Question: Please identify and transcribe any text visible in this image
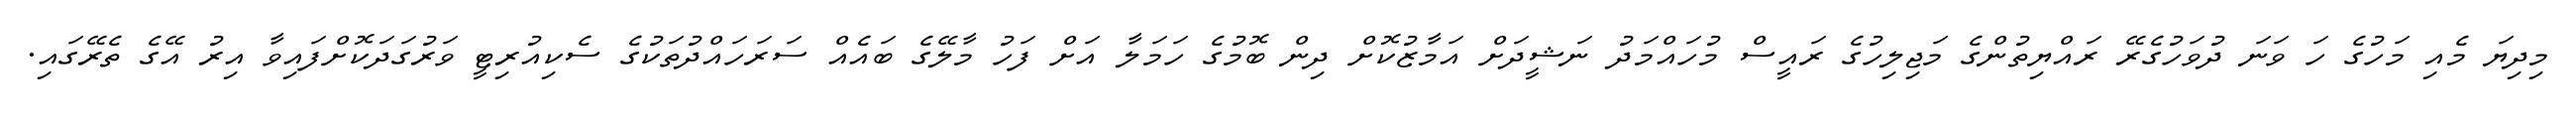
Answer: މިދިޔަ މެއި މަހުގެ ހަ ވަނަ ދުވަހުގެރޭ ރައްޔިތުންގެ މަޖިލިހުގެ ރައީސް މުހައްމަދު ނަޝީދަށް އަމާޒުކޮށް ދިން ބޮމުގެ ހަމަލާ އަށް ފަހު މާލޭގެ ބައެއް ސަރަހައްދުތަކުގެ ސެކިއުރިޓީ ވަރުގަދަކޮށްފައިވާ އިރު އޭގެ ތެރޭގައި.